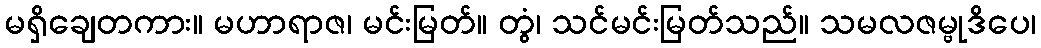
မရှိချေတကား။ မဟာရာဇ၊ မင်းမြတ်။ တွံ၊ သင်မင်းမြတ်သည်။ သမလဇမ္ဗုဒိပေ၊